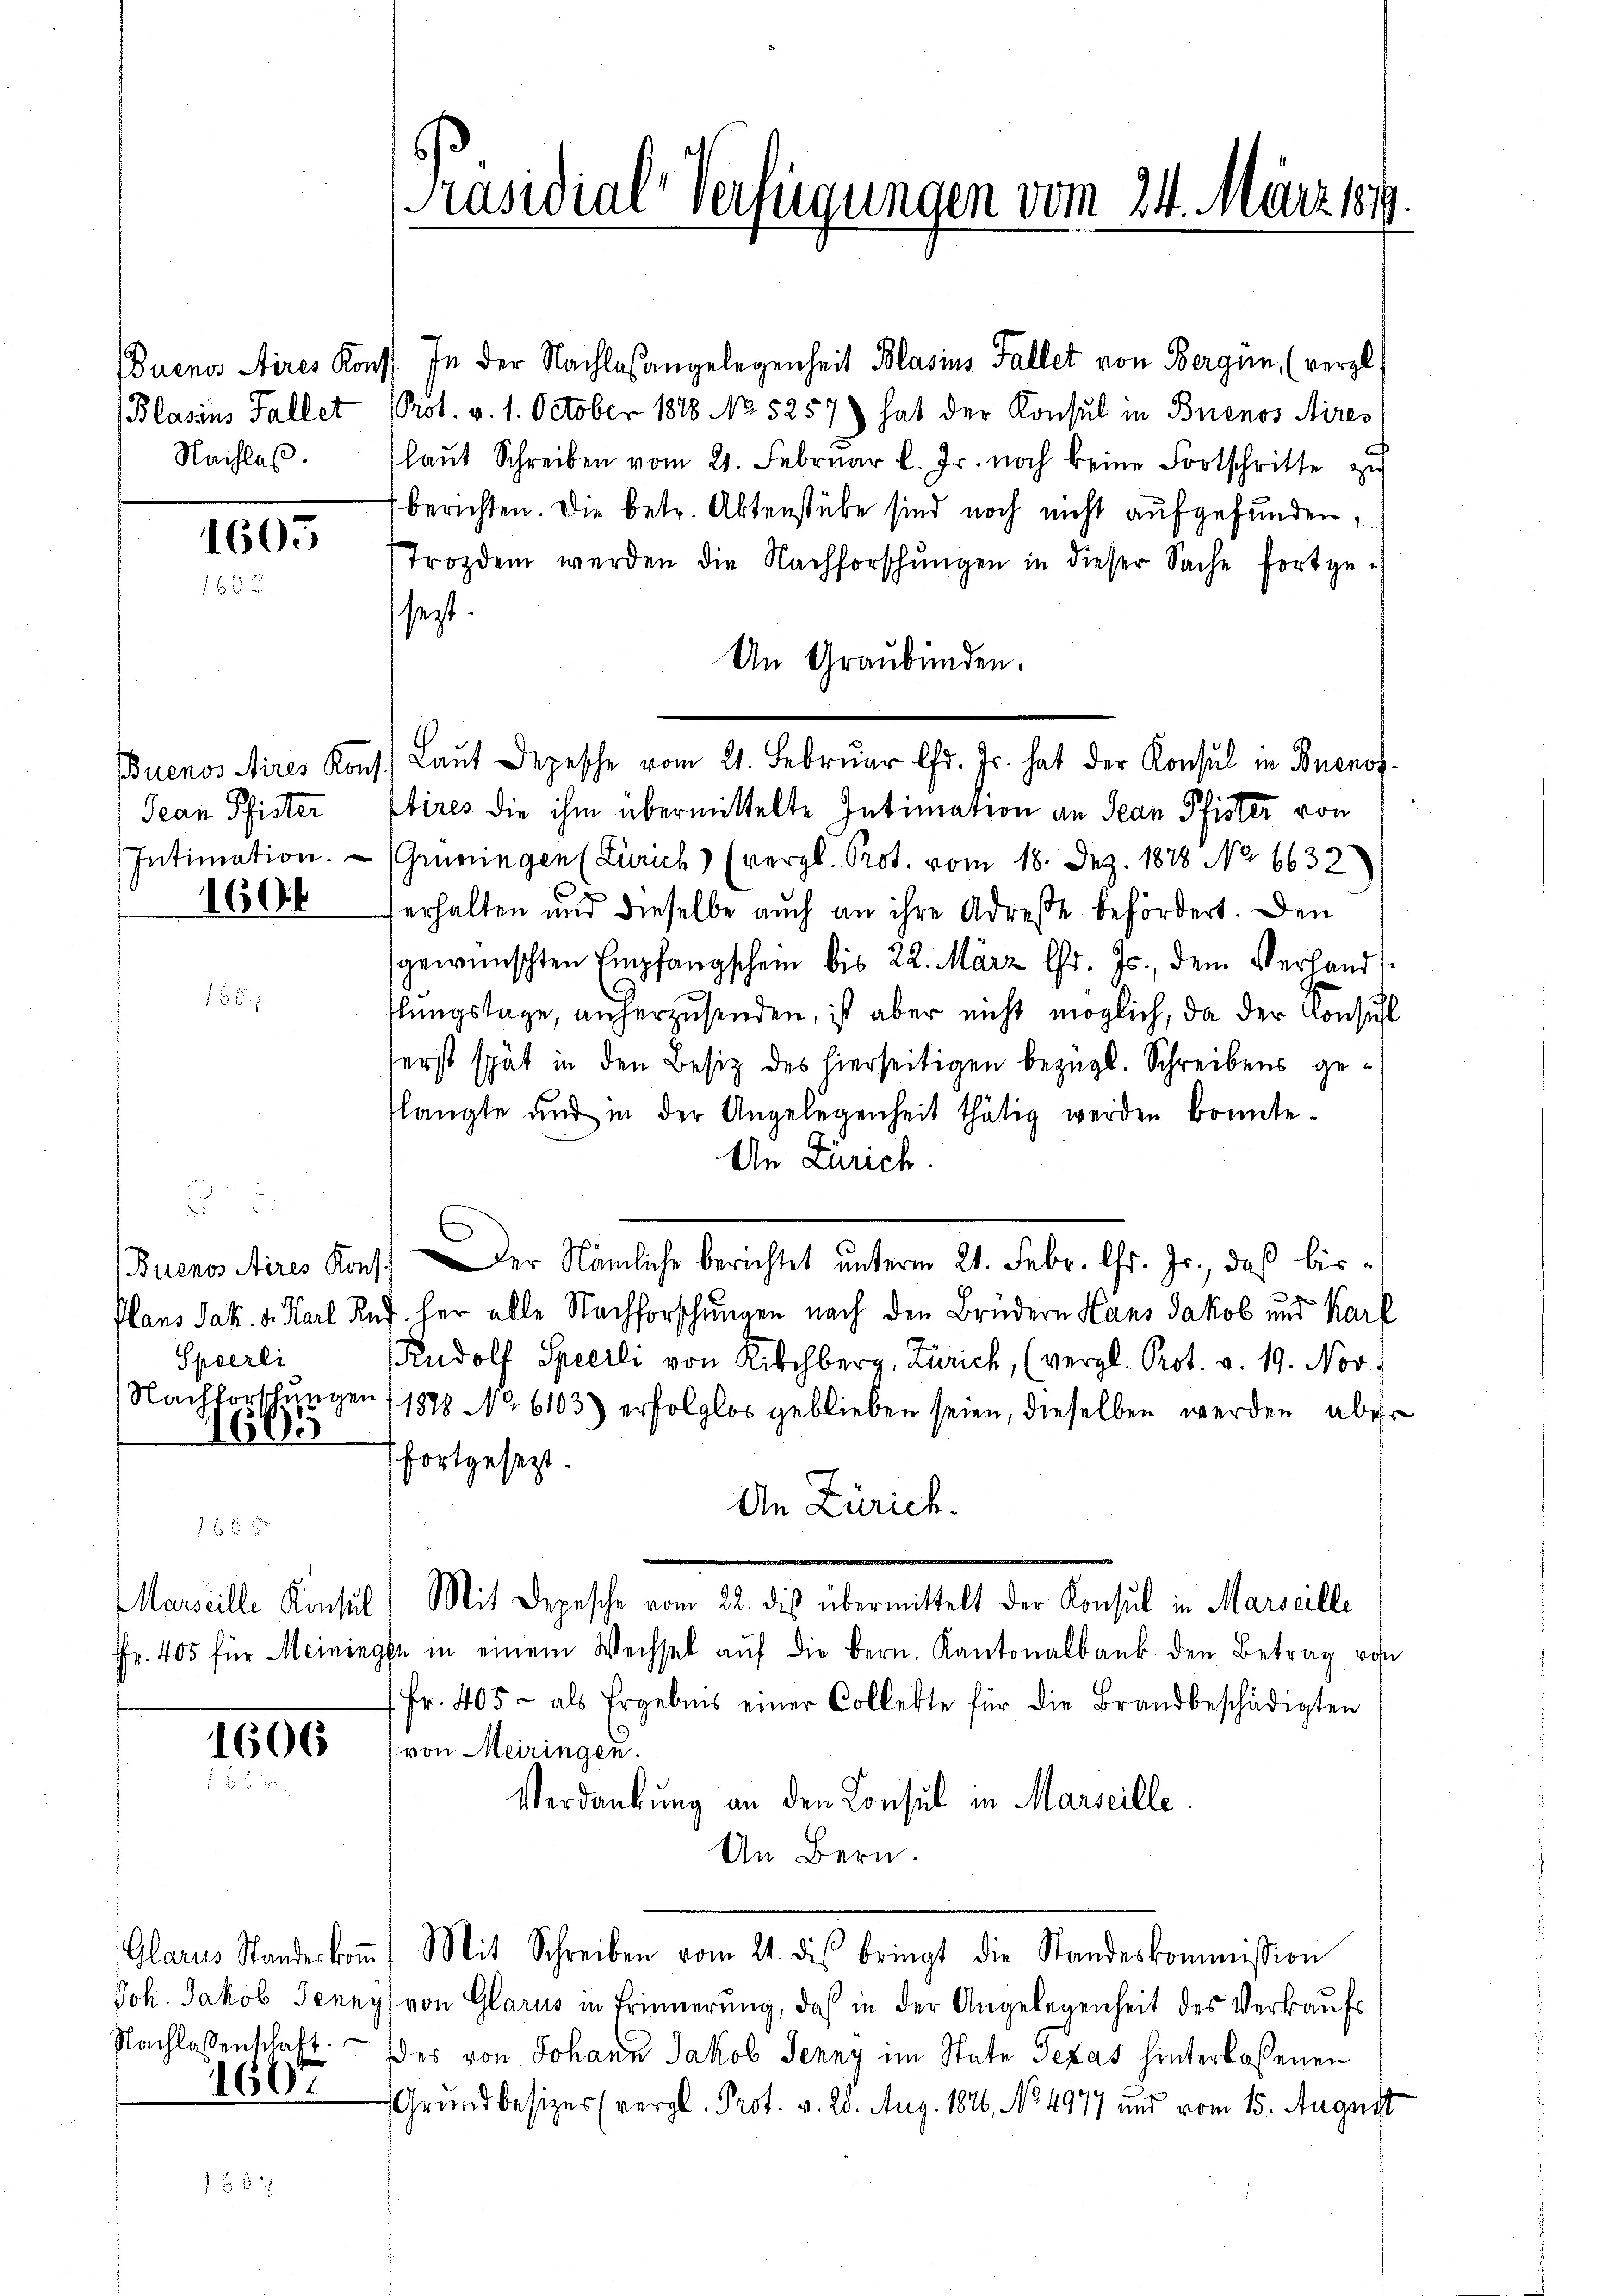
Buenos Aires Kons
Blasius Fallet
Nachlaß.

1605

Buenos Aires Konf
Jean Pfister
Intimation.

1604

16

Buenos Aires Kont
Plans Jak. d. Karl Ru
Sperli
Nachforschungen
563

1 f 4 x
Marseille Konsul
Fr. 405 für Meininge

1606
f 22 x

1607

[Präsidial-Verfügungen vom 24. März 19

In der Nachlaßangelegenheit Blasius Fallet von Bergen, (vergl.
PProt. v. 1. October 1888 No 5257) hat der Konsul in Buenos Aires
laŭt Schreiben vom 21. Febrŭar l. Js. noch keine Fortschritte zu
berichten. Die betr. Aktenstube sind noch nicht aufgefunden,
trozdem werden die Nachforschŭngen in dieser Sache fortge-
sezt.
An Graubünden.
Etires die ihm übermittelte Intimation an Jean Pfister von
(Grüningen (Zürich) (vergl. Prot. vom 18. Dez. 1878 No 6632)
erhalten und dieselbe auch an ihre Adresse befördert. Den
gewünschten Empfangschein bis 22. März l. Js., dem Verhand
flŭngslage, anherzusenden, ist aber nicht möglich, da der Konsul
ferst spät in den Besitz des hierseitigen bezügl. Schreibens geflangte und in der Angelegenheit thätig werden konnte.
An Zürich.
her alle Nachforschungen nach den Brüdern Hans Jakob und Karl
Rudolf Sperli von Richberg, Zürich, (vergl. Prot. v. 19. Nov.
11888 No 6103) erfolglos geblieben seien, dieselben werden aber
fortgesezt.
An Zürich.
Mit Depesche vom 22. des übermittelt der Konsul in Marseille
je in einem Wechsel aŭf die bern. Kantonalbank den Betrag von
Fr. 405 - als Ergebnis einer Collekte für die Brandbeschädigten
von Meiringen.
Verdankung an den Konsul in Marseille
An Bern.
Glarus Standeskoṁ) Mit Schreiben vom 21. dis bringt die Standeskommission
Joh. Jakob Jenny von Glarus in Erinnerung, daß in der Angelegenheit des Verkaŭfs
Nachlassenschaft des von Johann Jakob Jenny im State Texas hinterlaßenen
Grundbesizes (vergl. Prot. v. 28. Aug. 1816, No 497 und vom 15. August

Laŭt Depesche vom 21. Februar l. Js. hat der Konsul in Buenos¬

Der Nämliche berichtet unterm 21. Febr. l. Js., daß bis¬